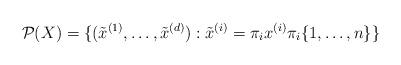
LaTeX: \begin{align*}\mathcal{P}(X)=\{(\tilde{x}^{(1)},\dots,\tilde{x}^{(d)}): \tilde{x}^{(i)}=\pi_i x^{(i)}\pi_i\{1,\dots,n\}\}\end{align*}